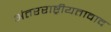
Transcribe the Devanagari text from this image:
अंतरराष्ट्रीयतावाद